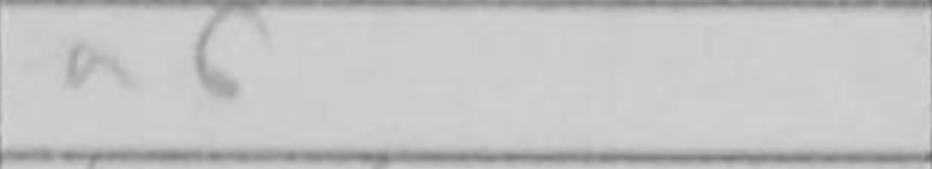
Transcription: a6